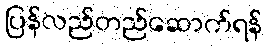
ပြန်လည်တည်ဆောက်ရန်